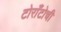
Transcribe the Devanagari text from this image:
टोराँटोची